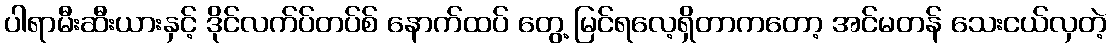
ပါရာမီးဆီးယားနှင့် ဒိုင်လက်ပ်တပ်စ် နောက်ထပ် တွေ့ မြင်ရလေ့ရှိတာကတော့ အင်မတန် သေးငယ်လှတဲ့